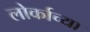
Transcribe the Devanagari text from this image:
लोर्काच्या